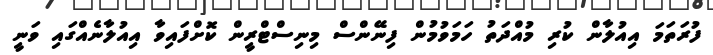
ފުރަތަމަ އިއުލާން ކުރި މުއްދަތު ހަމަވުމުން ފިނޭންސް މިނިސްޓްރީން ކޮށްފައިވާ އިއުލާނެއްގައި ވަނީ